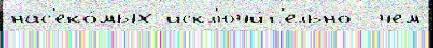
нас'еко́мых искл'ючи́т'ельно  чем